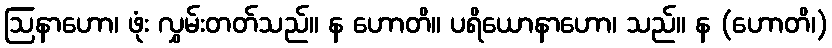
ဩနာဟော၊ ဖုံး လွှမ်းတတ်သည်။ န ဟောတိ။ ပရိယောနာဟော၊ သည်။ န (ဟောတိ၊)